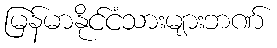
မြန်မာနိုင်ငံသားများဘဏ်